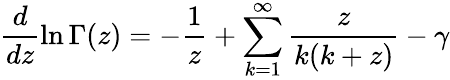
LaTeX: \frac{d}{dz}\ln\Gamma(z)=-\frac{1}{z}+\sum_{k=1}^{\infty}\frac{z}{k(k+z)}-\gamma